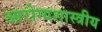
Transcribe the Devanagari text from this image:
आरोग्यशास्त्रीय